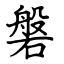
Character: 磐